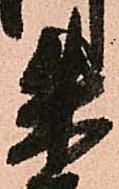
朱